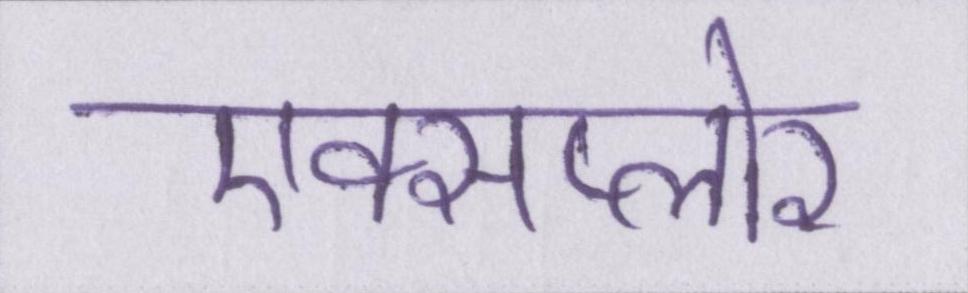
एक्सप्लोर